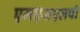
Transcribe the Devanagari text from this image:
एमएसएलपी